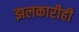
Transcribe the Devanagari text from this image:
झलकारीही